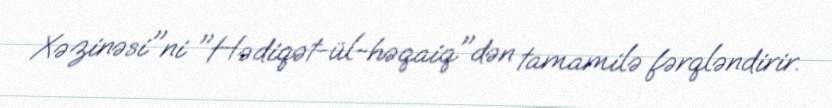
Xəzinəsi"ni "Hədiqət-ül-həqaiq"dən tamamilə fərqləndirir.